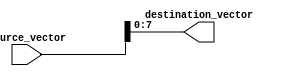
module part_select_assignment(
    input wire [15:0] source_vector, // 16-bit source vector
    output wire [7:0] destination_vector // 8-bit destination vector
);

// Continuous assignment using part-select syntax
assign destination_vector = source_vector[7:0]; // Select lower 8 bits from source_vector

endmodule